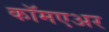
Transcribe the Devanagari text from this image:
कॉमएअर